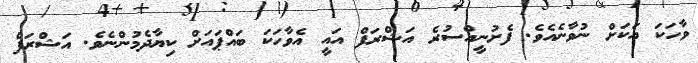
ވާހަކަ އަކަށް ނުވާނެއެވެ. ފެށުނީއްސުރެ އަޝްރަފް އައީ އެވާހަކަ ބައްޕައަށް ކިޔާދެމުންނެވެ. އަޝްރަފް